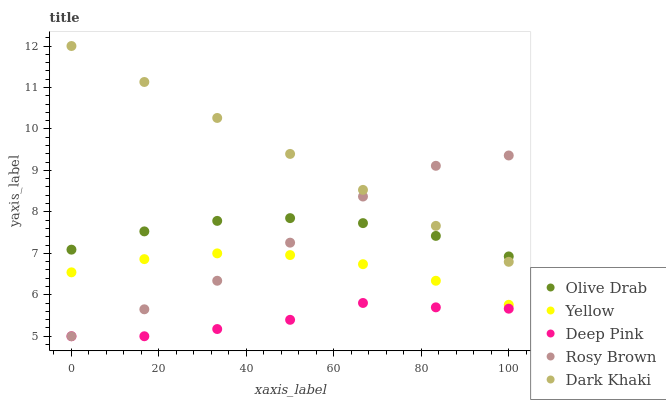
| xaxis_label | Olive Drab | Yellow | Deep Pink | Rosy Brown | Dark Khaki |
 | --- | --- | --- | --- | --- | --- |
 | 0 | 7.09 | 6.54 | 5 | 5 | 12 |
 | 16.7 | 7.53 | 6.86 | 5 | 5.65 | 11.1 |
 | 33.3 | 7.78 | 7 | 5.17 | 6.34 | 10.3 |
 | 50 | 7.85 | 6.96 | 5.4 | 7.26 | 9.4 |
 | 66.7 | 7.73 | 6.74 | 5.8 | 8.37 | 8.53 |
 | 83.3 | 7.42 | 6.34 | 5.7 | 9.11 | 7.66 |
 | 100 | 6.93 | 5.76 | 5.66 | 9.36 | 6.8 |